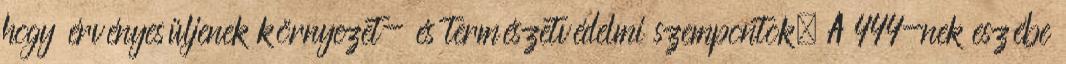
hogy érvényesüljenek környezet- és természetvédelmi szempontok. A 444-nek eszébe